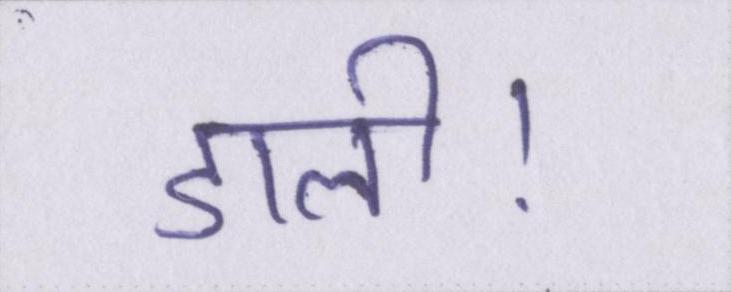
डाली।